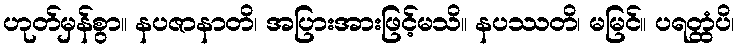
ဟုတ်မှန်စွာ။ နပဇာနာတိ၊ အပြားအားဖြင့်မသိ။ နပဿတိ၊ မမြင်။ ပရတ္ထံပိ၊